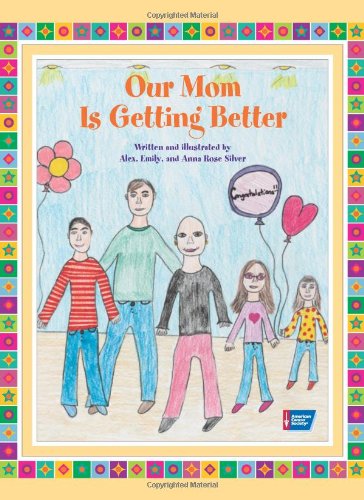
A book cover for Our Mom Is Getting Better; Alex Silver; Parenting & Relationships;